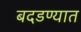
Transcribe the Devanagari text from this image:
बदडण्यात